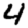
Digit: 4